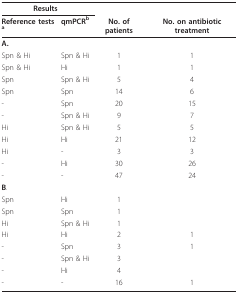
<table><thead><tr><td colspan="2"><b>Results</b></td><td></td><td></td></tr><tr><td><b>Reference tests <sup>a</sup></b></td><td><b>qmPCR<sup>b</sup></b></td><td><b>No. of patients</b></td><td><b>No. on antibiotic treatment</b></td></tr></thead><tbody><tr><td><b>A</b>.</td><td></td><td></td><td></td></tr><tr><td>Spn &amp; Hi</td><td>Spn &amp; Hi</td><td>1</td><td>1</td></tr><tr><td>Spn &amp; Hi</td><td>Hi</td><td>1</td><td>1</td></tr><tr><td>Spn</td><td>Spn &amp; Hi</td><td>5</td><td>4</td></tr><tr><td>Spn</td><td>Spn</td><td>14</td><td>6</td></tr><tr><td>-</td><td>Spn</td><td>20</td><td>15</td></tr><tr><td>-</td><td>Spn &amp; Hi</td><td>9</td><td>7</td></tr><tr><td>Hi</td><td>Spn &amp; Hi</td><td>5</td><td>5</td></tr><tr><td>Hi</td><td>Hi</td><td>21</td><td>12</td></tr><tr><td>Hi</td><td>-</td><td>3</td><td>3</td></tr><tr><td>-</td><td>Hi</td><td>30</td><td>26</td></tr><tr><td>-</td><td>-</td><td>47</td><td>24</td></tr><tr><td><b>B</b>.</td><td></td><td></td><td></td></tr><tr><td>Spn</td><td>Hi</td><td>1</td><td></td></tr><tr><td>Spn</td><td>Spn</td><td>1</td><td></td></tr><tr><td>Hi</td><td>Spn &amp; Hi</td><td>1</td><td></td></tr><tr><td>Hi</td><td>Hi</td><td>2</td><td>1</td></tr><tr><td>-</td><td>Spn</td><td>3</td><td>1</td></tr><tr><td>-</td><td>Spn &amp; Hi</td><td>3</td><td></td></tr><tr><td>-</td><td>Hi</td><td>4</td><td></td></tr><tr><td>-</td><td>-</td><td>16</td><td>1</td></tr></tbody></table>